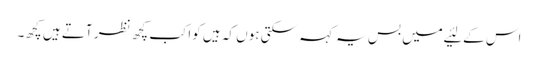
اس کے لئیے میں بس یہ کہہ سکتی ہوں کہ ہیں کواکب کچھ نظر آتے ہیں کچھ۔